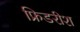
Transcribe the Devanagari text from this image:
फ्रिडरीश